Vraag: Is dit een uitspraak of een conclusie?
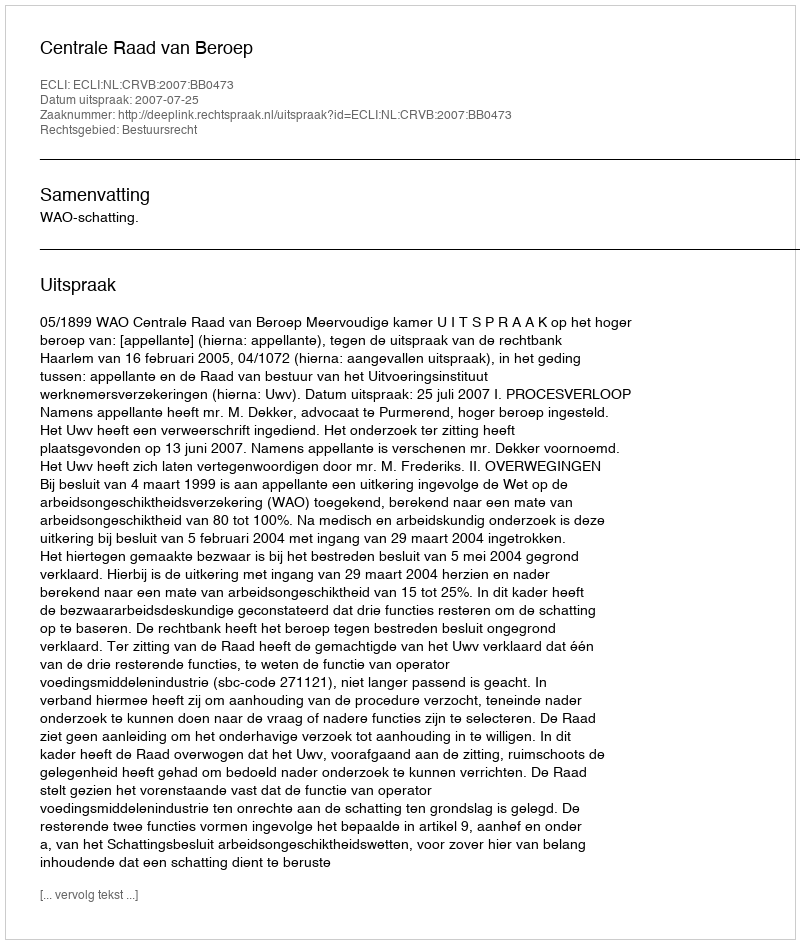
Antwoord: Uitspraak